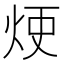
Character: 𤈆